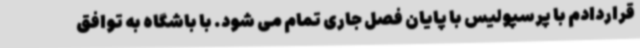
قراردادم با پرسپولیس با پایان فصل جاری تمام می شود. با باشگاه به توافق